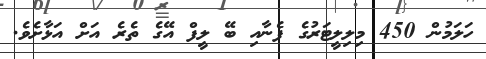
ހަލަމުން 450 މިލިލީޓަރުގެ ފެނާއި ބޭ ލީފް އޭގެ ތެރެ އަށް އަޅާށެވެ.